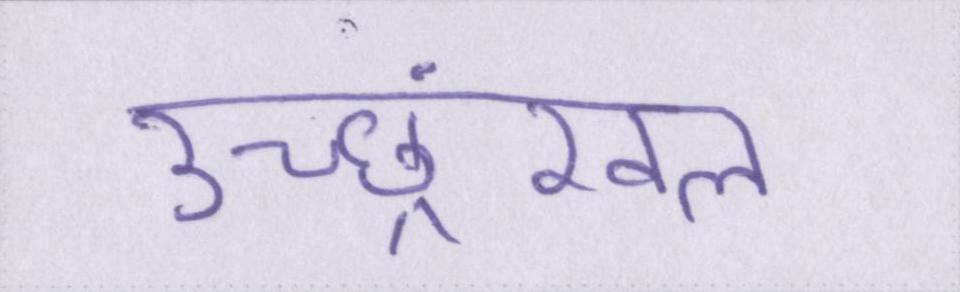
उच्छ्रंखल